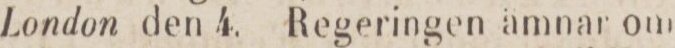
London den 4. Regeringen ämnar om